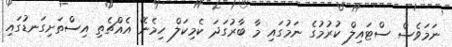
ނަމަވެސް ސްޓައިލް ކުރުމުގެ ނަމުގައި މާ ބާރުގަދަ ކެމިކަލް ހިމެނޭ އެއްޗެތި އިސްތަށިގަނޑުގައި